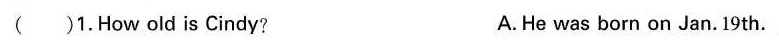
( )1.How old is Cindy? A. He was born on Jan. 19 th.